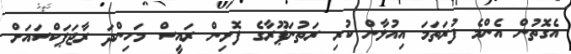
އެގޮތުން އެންމެ ފުރަތަމަ އިއުލާން ކުރި ރަތުނަޕޫރާގެ ފޮށިން ރައީސް މަހިންދަ ރާޖަޕަކްސައަށް